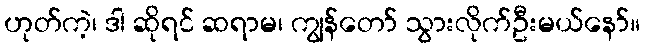
ဟုတ်ကဲ့၊ ဒါ ဆိုရင် ဆရာမ၊ ကျွန်တော် သွားလိုက်ဦးမယ်နော်။